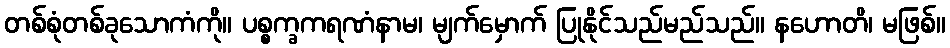
တစ်စုံတစ်ခုသောကံကို။ ပစ္စက္ခကရဏံနာမ၊ မျက်မှောက် ပြုနိုင်သည်မည်သည်။ နဟောတိ၊ မဖြစ်။